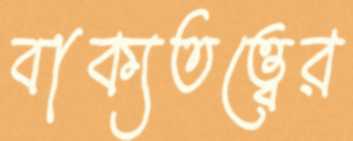
বাক্যতত্ত্বের